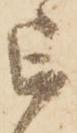
被